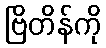
ဗြိတိန်ကို